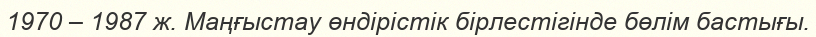
1970 – 1987 ж. Маңғыстау өндірістік бірлестігінде бөлім бастығы.